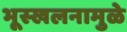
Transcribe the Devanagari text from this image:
भूस्खलनामुळे